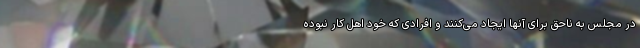
در مجلس به ناحق برای آنها ایجاد می‌کنند و افرادی که خود اهل کار نبوده